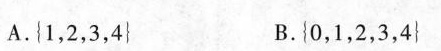
A.{1,2,3,4} B.{0,1,2,3,4}